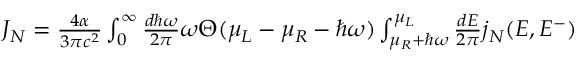
\begin{array} { r } { J _ { N } = \frac { 4 \alpha } { 3 \pi c ^ { 2 } } \int _ { 0 } ^ { \infty } \frac { d \hbar \omega } { 2 \pi } \omega \Theta ( \mu _ { L } - \mu _ { R } - \hbar \omega ) \int _ { \mu _ { R } + \hbar \omega } ^ { \mu _ { L } } \frac { d E } { 2 \pi } j _ { N } ( E , E ^ { - } ) } \end{array}